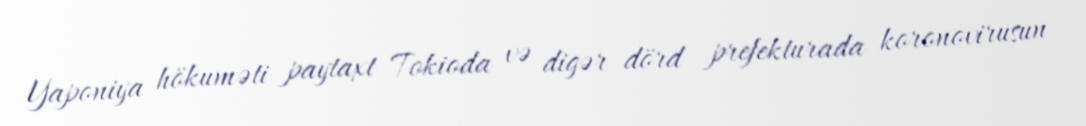
Yaponiya hökuməti paytaxt Tokioda və digər dörd prefekturada koronovirusun